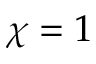
\chi = 1